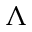
\Lambda